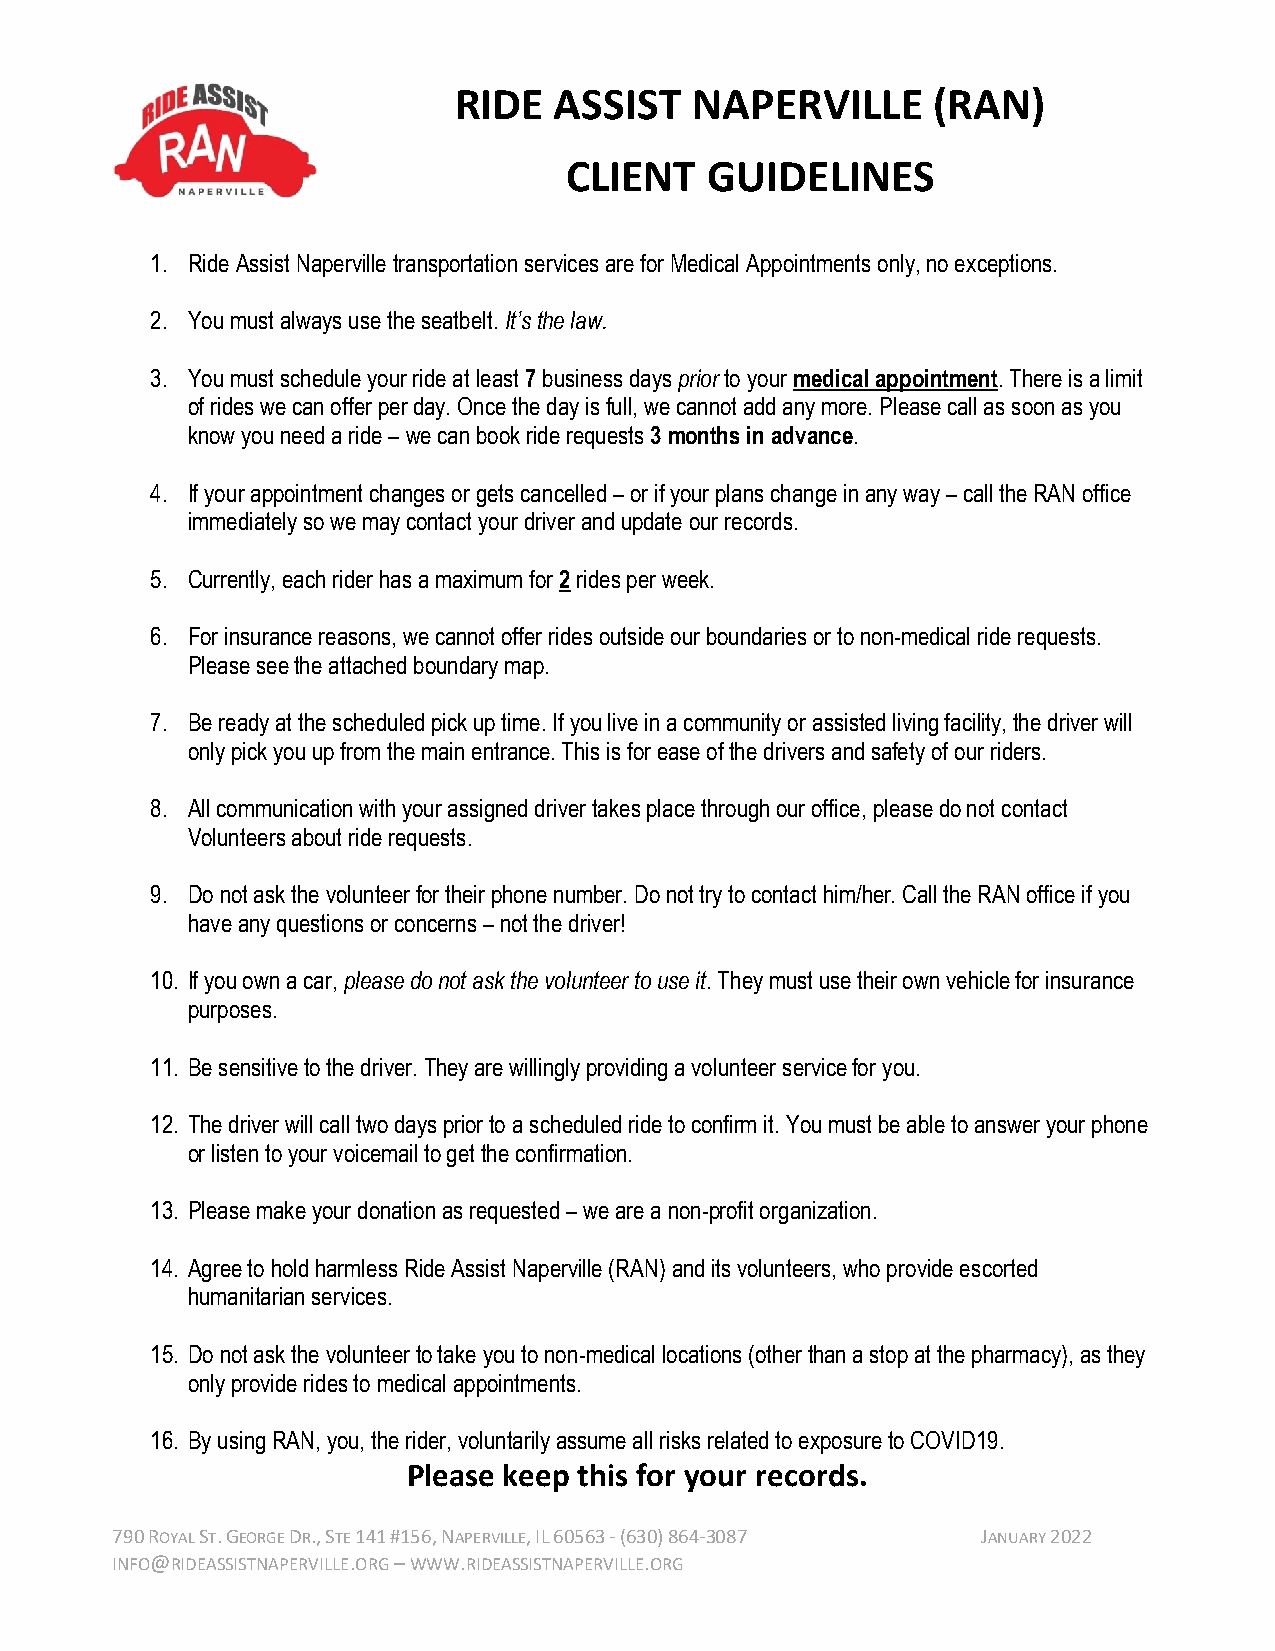
RIDE   ASSIST   NAPERVILLE      (RAN)
 CLIENT    GUIDELINES
 1. Ride Assist Naperville transportation services are for Medical Appointments only, no exceptions.
 2. You must always use the seatbelt. It’s the law.
 3. You must schedule your ride at least 7 business days prior to your medical appointment. There is a limit
 of rides we can offer per day. Once the day is full, we cannot add any more. Please call as soon as you
 know you need a ride – we can book ride requests 3 months in advance.
 4. If your appointment changes or gets cancelled – or if your plans change in any way – call the RAN office
 immediately so we may contact your driver and update our records.
 5. Currently, each rider has a maximum for 2 rides per week.
 6. For insurance reasons, we cannot offer rides outside our boundaries or to non-medical ride requests.
 Please see the attached boundary map.
 7. Be ready at the scheduled pick up time. If you live in a community or assisted living facility, the driver will
 only pick you up from the main entrance. This is for ease of the drivers and safety of our riders.
 8. All communication with your assigned driver takes place through our office, please do not contact
 Volunteers about ride requests.
 9. Do not ask the volunteer for their phone number. Do not try to contact him/her. Call the RAN office if you
 have any questions or concerns – not the driver!
 10. If you own a car, please do not ask the volunteer to use it. They must use their own vehicle for insurance
 purposes.
 11. Be sensitive to the driver. They are willingly providing a volunteer service for you.
 12. The driver will call two days prior to a scheduled ride to confirm it. You must be able to answer your phone
 or listen to your voicemail to get the confirmation.
 13. Please make your donation as requested – we are a non-profit organization.
 14. Agree to hold harmless Ride Assist Naperville (RAN) and its volunteers, who provide escorted
 humanitarian services.
 15. Do not ask the volunteer to take you to non-medical locations (other than a stop at the pharmacy), as they
 only provide rides to medical appointments.
 16. By using RAN, you, the rider, voluntarily assume all risks related to exposure to COVID19.
 Please keep this for your records.
 790 ROYAL ST. GEORGE DR., STE 141 #156, NAPERVILLE, IL 60563 - (630) 864-3087 JANUARY 2022
 INFO@RIDEASSISTNAPERVILLE.ORG – WWW.RIDEASSISTNAPERVILLE.ORG